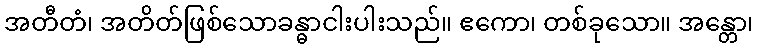
အတီတံ၊ အတိတ်ဖြစ်သောခန္ဓာငါးပါးသည်။ ဧကော၊ တစ်ခုသော။ အန္တော၊